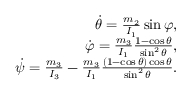
\begin{array} { r } { \dot { \theta } = \frac { m _ { 2 } } { I _ { 1 } } \sin \varphi , } \\ { \dot { \varphi } = \frac { m _ { 3 } } { I _ { 1 } } \frac { 1 - \cos \theta } { \sin ^ { 2 } \theta } , } \\ { \dot { \psi } = \frac { m _ { 3 } } { I _ { 3 } } - \frac { m _ { 3 } } { I _ { 1 } } \frac { ( 1 - \cos \theta ) \cos \theta } { \sin ^ { 2 } \theta } . } \end{array}